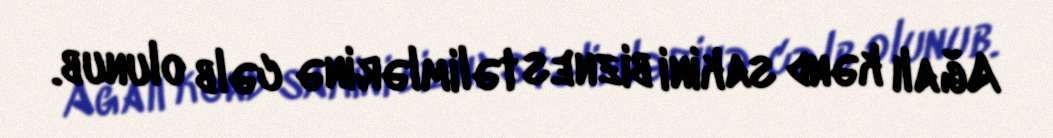
Ağalı kənd sakini biznes təlimlərinə cəlb olunub.